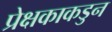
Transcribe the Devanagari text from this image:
प्रेक्षकाकडुन